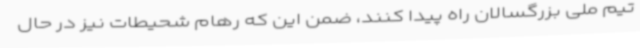
تیم ملی بزرگسالان راه پیدا کنند، ضمن این که رهام شحیطات نیز در حال